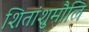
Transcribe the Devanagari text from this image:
शितांशुमौलि